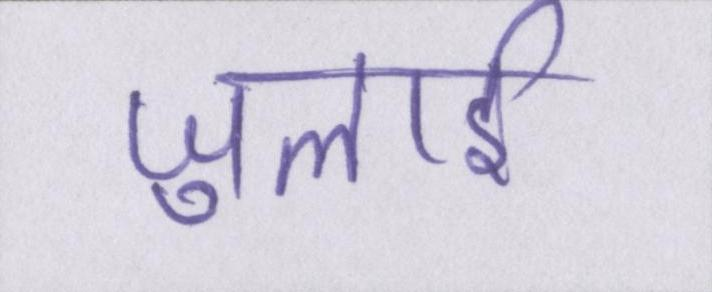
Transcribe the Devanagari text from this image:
जुलाई